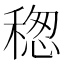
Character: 𥠡